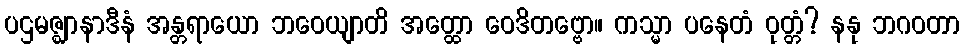
ပဌမဇ္ဈာနာဒီနံ အန္တရာယော ဘဝေယျာတိ အတ္ထော ဝေဒိတဗ္ဗော။ ကသ္မာ ပနေတံ ဝုတ္တံ? နနု ဘဂဝတာ